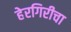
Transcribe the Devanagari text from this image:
हेरगिरीचा